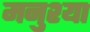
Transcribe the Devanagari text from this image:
मनुश्या